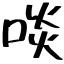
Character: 啖